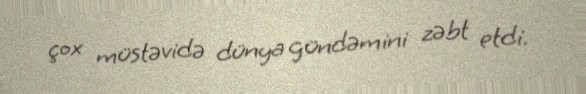
çox müstəvidə dünya gündəmini zəbt etdi.